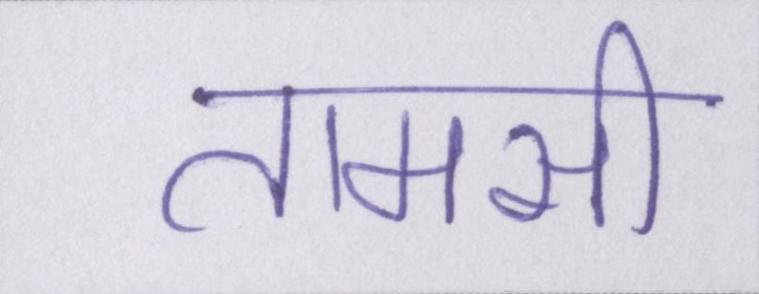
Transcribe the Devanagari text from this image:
तामसी